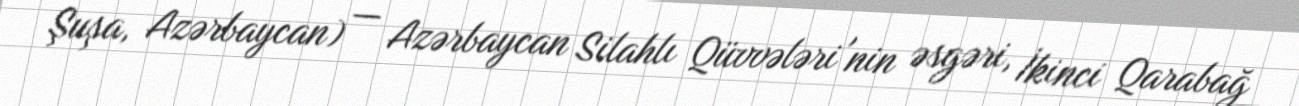
Şuşa, Azərbaycan) — Azərbaycan Silahlı Qüvvələri'nin əsgəri, İkinci Qarabağ